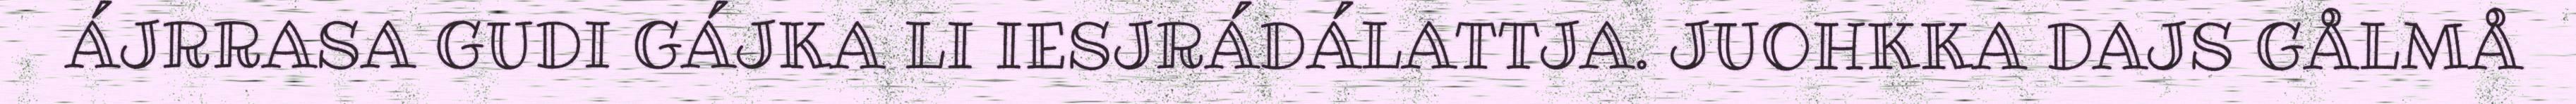
ÁJRRASA GUDI GÁJKA LI IESJRÁDÁLATTJA. JUOHKKA DAJS GÅLMÅ